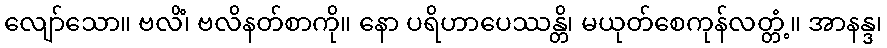
လျော်သော။ ဗလိံ၊ ဗလိနတ်စာကို။ နော ပရိဟာပေဿန္တိ၊ မယုတ်စေကုန်လတ္တံ့။ အာနန္ဒ၊